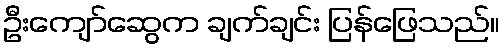
ဦးကျော်ဆွေက ချက်ချင်း ပြန်ဖြေသည်။